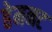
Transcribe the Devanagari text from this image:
हेमनट